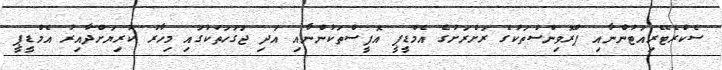
ސެކްރެޓޭރިއަޓުންނާއި ޕްރޮވިންސްތަކުގެ ރަށްރަށުގެ އެމްޑީޕީ އޮފީސްތަކުންނާއި އަދި ޖަގަހަތަކުގައި މިހާރު ކުރިޔަށްދާއިރު އެމްޑީޕީ